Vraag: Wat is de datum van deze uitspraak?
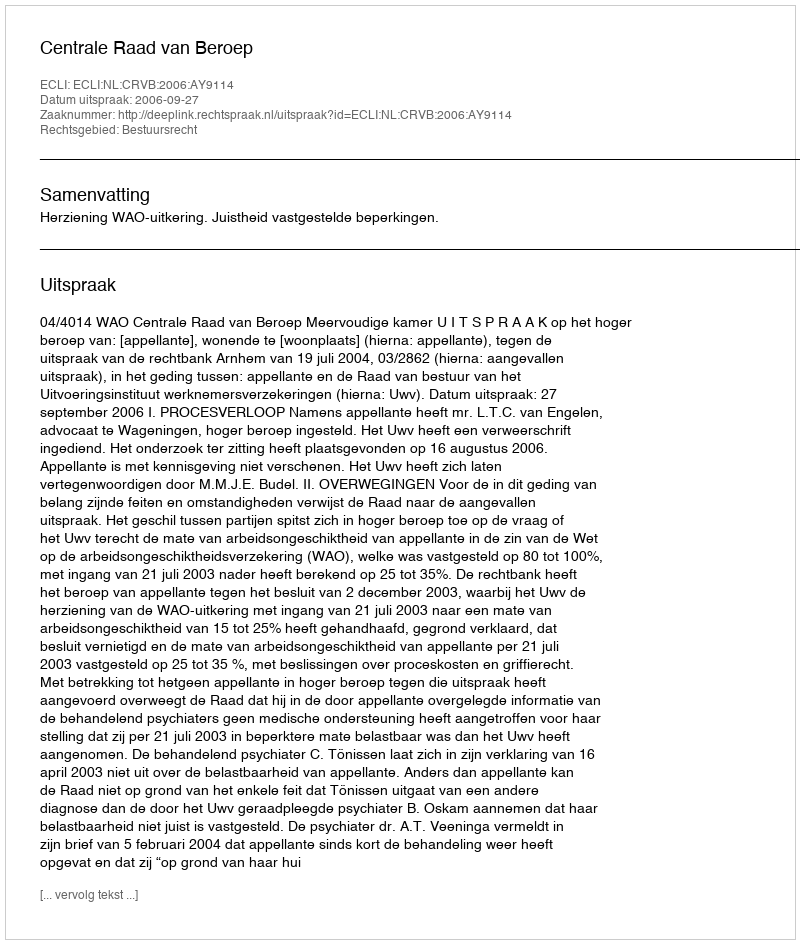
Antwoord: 2006-09-27